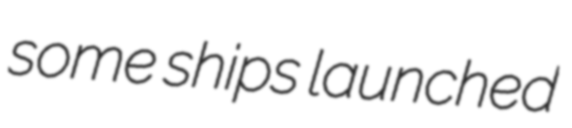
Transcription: some ships launched